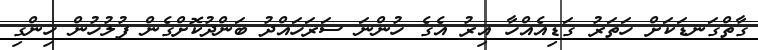
ގާތްގަނޑަކަށް ހަތަރު ގަޑިއެއްހާ އިރު އެގެ ހުންނަ ސަރަހައްދު ބަންދުކޮށްގެން ފުލުހުން ހިންގި